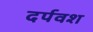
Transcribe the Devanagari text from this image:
दर्पवश